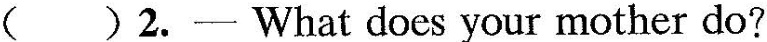
( )2.- What does your mother do?